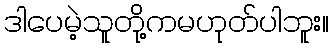
ဒါပေမဲ့သူတို့ကမဟုတ်ပါဘူး။